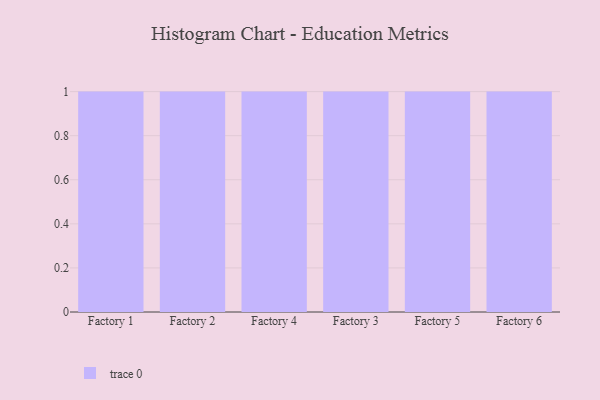
{"axis": {"x": "Factory", "y": "Headcount"}, "legend": [""], "data": [{"x": "Factory 1", "y": 3, "type": ""}, {"x": "Factory 2", "y": 78, "type": ""}, {"x": "Factory 4", "y": 94, "type": ""}, {"x": "Factory 3", "y": 16, "type": ""}, {"x": "Factory 5", "y": 62, "type": ""}, {"x": "Factory 6", "y": 94, "type": ""}]}